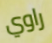
راوي